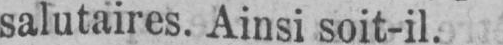
salutaires. Ainsi soit-il.